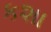
કશા